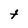
Character: t